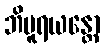
ဘိပူရယန္တော